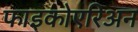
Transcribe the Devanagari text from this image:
फाइकोएरिअन